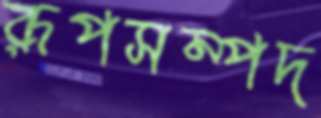
রূপসম্পদ